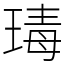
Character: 瑇